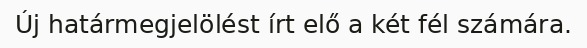
Új határmegjelölést írt elő a két fél számára.